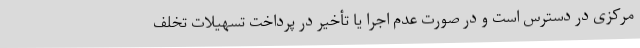
مرکزی در دسترس است و در صورت عدم اجرا یا تأخیر در پرداخت تسهیلات تخلف